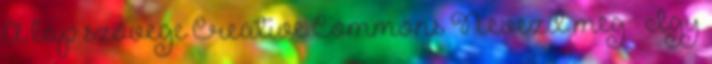
A lap szövege Creative Commons Nevezd meg – Így